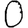
Digit: 0